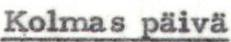
Kolmas päivä